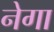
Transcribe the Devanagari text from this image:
नेगा